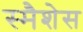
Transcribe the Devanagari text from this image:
स्मैशेस